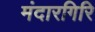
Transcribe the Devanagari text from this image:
मंदारगिरि